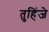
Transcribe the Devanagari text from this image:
तुहिंजे